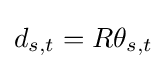
d_{s,t}=R\theta _{s,t}